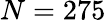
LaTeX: N=275